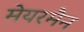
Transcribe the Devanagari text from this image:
मेयरमैन